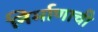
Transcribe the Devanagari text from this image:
निर्माणाची